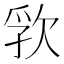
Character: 𬅦